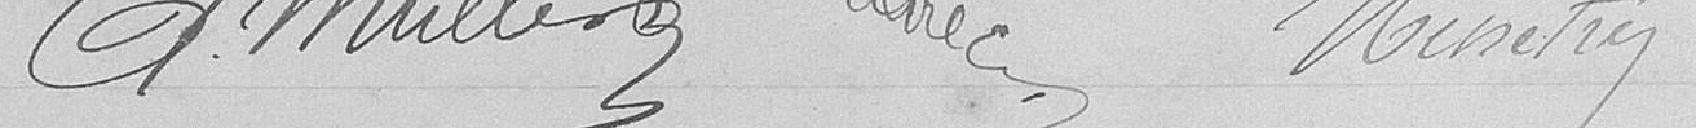
G. MULLER       BARIC    MENETREY